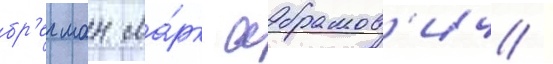
бр'егман ма́рк абрамов'ич /